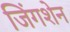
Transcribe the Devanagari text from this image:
जिंगशेन